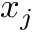
x _ { j }